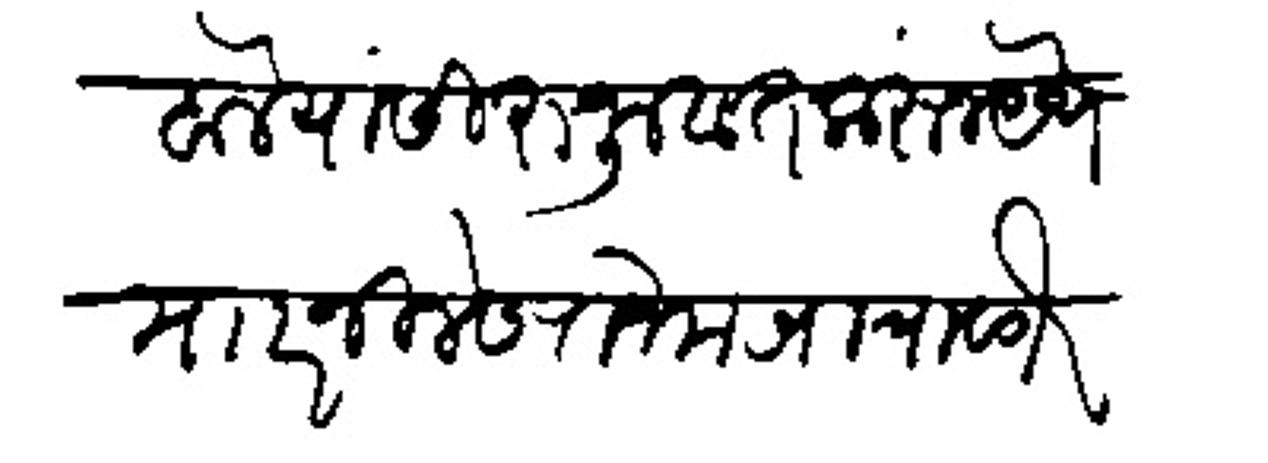
Transliteration (Devanagari): गोडबोले यांसी रुजुवात करून येथे माारनिलेस रोजमव्याचा वगैरे